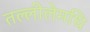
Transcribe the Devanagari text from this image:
तल्लीलेमधि